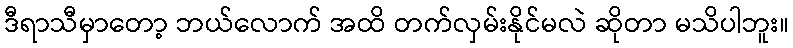
ဒီရာသီမှာတော့ ဘယ်လောက် အထိ တက်လှမ်းနိုင်မလဲ ဆိုတာ မသိပါဘူး။